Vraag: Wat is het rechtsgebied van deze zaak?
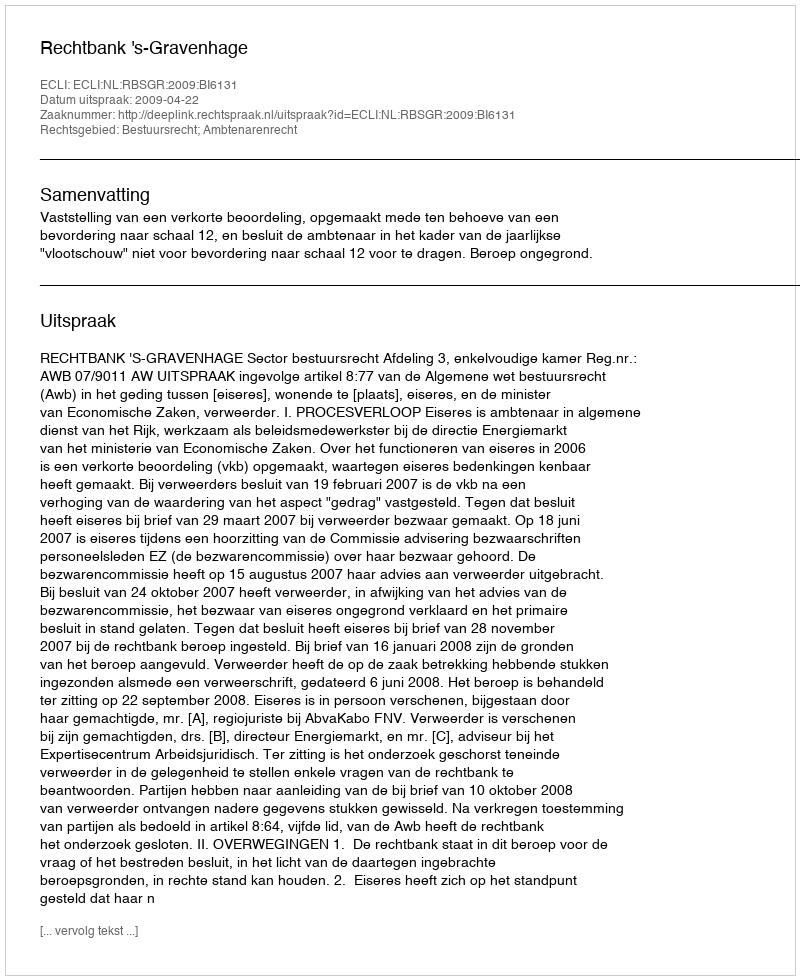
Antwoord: Bestuursrecht; Ambtenarenrecht